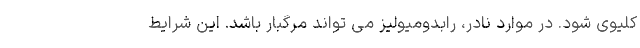
کلیوی شود. در موارد نادر، رابدومیولیز می تواند مرگبار باشد. این شرایط